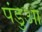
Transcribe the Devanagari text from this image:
पंडुआ